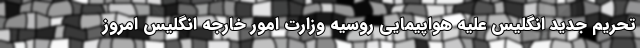
تحریم جدید انگلیس علیه هواپیمایی روسیه وزارت امور خارجه انگلیس امروز